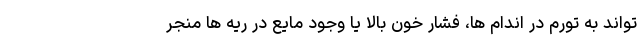
تواند به تورم در اندام ها، فشار خون بالا یا وجود مایع در ریه ها منجر